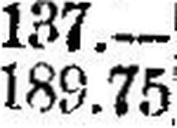
189.75